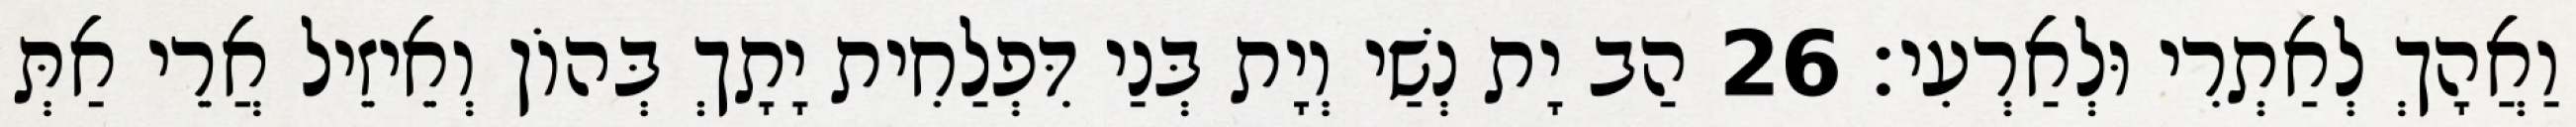
וַאֲהָךְ לְאַתְרִי וּלְאַרְעִי׃ 26 הַב יָת נְשַׁי וְיָת בְּנַי דִּפְלַחִית יָתָךְ בְּהוֹן וְאֵיזֵיל אֲרֵי אַתְּ